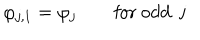
\varphi _ { j , 1 } = \varphi _ { j } \qquad \mathrm { f o r ~ o d d ~ j ~ }